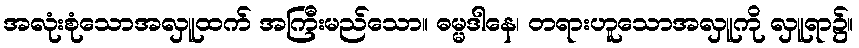
အလုံးစုံသောအလှူထက် အကြီးမည်သော။ ဓမ္မဒါနေ၊ တရားဟူသောအလှူကို လှူရာ၌။